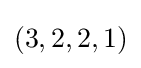
(3,2,2,1)